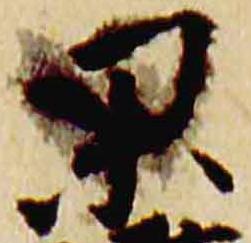
杲